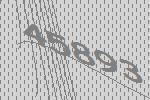
45893